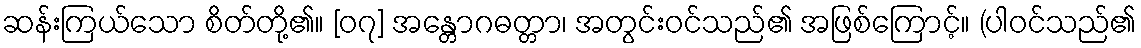
ဆန်းကြယ်သော စိတ်တို့၏။ [၀၇] အန္တောဂဓတ္တာ၊ အတွင်းဝင်သည်၏ အဖြစ်ကြောင့်။ (ပါဝင်သည်၏